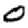
Digit: 0